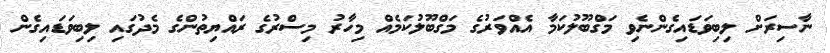
ނާސިރަށް ލިބިވަޑައިގެންނެވި މަގްބޫލުކަމާ އެއްވަރުގެ މަގްބޫލުކަމެއް މިހާރު މިސްރުގެ ރައްޔިތުންގެ މެދުގައި ލިބިވަޑައިގެން